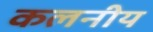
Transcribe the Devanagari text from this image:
कलनीय